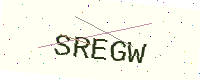
Text: SREGW